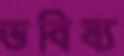
ভবিষ্য